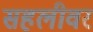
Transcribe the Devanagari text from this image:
सहलीवर